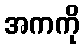
အကကို